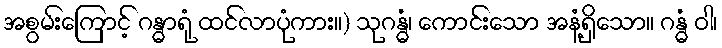
အစွမ်းကြောင့် ဂန္ဓာရုံ ထင်လာပုံကား။) သုဂန္ဓံ၊ ကောင်းသော အနံ့ရှိသော။ ဂန္ဓံ ဝါ၊